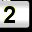
Digit: 2